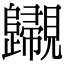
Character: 𧢫